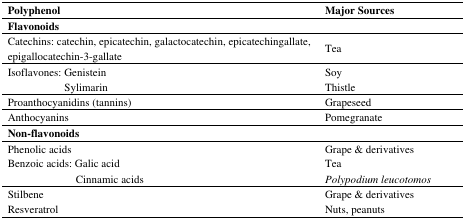
<table><thead><tr><td><b>Polyphenol</b></td><td><b>Major Sources</b></td></tr></thead><tbody><tr><td><b>Flavonoids</b></td><td></td></tr><tr><td>Catechins: catechin, epicatechin, galactocatechin, epicatechingallate, epigallocatechin-3-gallate</td><td>Tea</td></tr><tr><td>Isoflavones: Genistein</td><td>Soy</td></tr><tr><td>Sylimarin</td><td>Thistle</td></tr><tr><td>Proanthocyanidins (tannins)</td><td>Grapeseed</td></tr><tr><td>Anthocyanins </td><td>Pomegranate</td></tr><tr><td><b>Non-flavonoids</b></td><td></td></tr><tr><td>Phenolic acids</td><td>Grape &amp; derivatives</td></tr><tr><td>Benzoic acids: Galic acid</td><td>Tea</td></tr><tr><td>Cinnamic acids</td><td><i>Polypodium leucotomos</i></td></tr><tr><td>Stilbene</td><td>Grape &amp; derivatives</td></tr><tr><td>Resveratrol</td><td>Nuts, peanuts</td></tr></tbody></table>